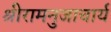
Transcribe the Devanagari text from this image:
श्रीरामनुजाचार्य